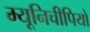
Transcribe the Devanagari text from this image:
म्यूनिचीपियो